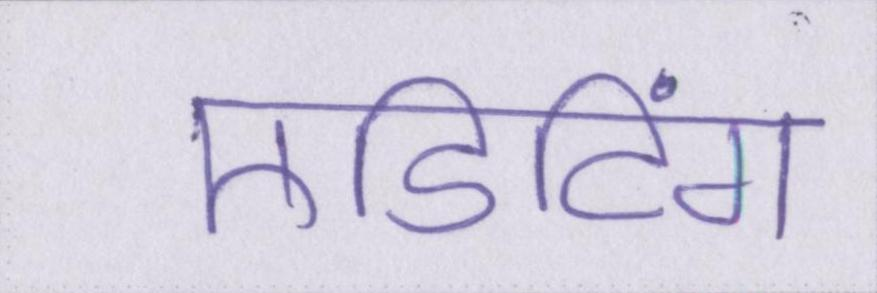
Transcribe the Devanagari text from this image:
एडिटिंग